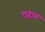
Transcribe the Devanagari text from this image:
वटल